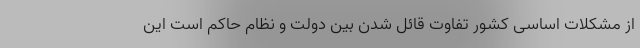
از مشکلات اساسی کشور تفاوت قائل شدن بین دولت و نظام حاکم است این